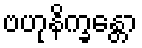
ဗဟုနိက္ခန္တော